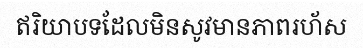
ឥរិយាបទដែលមិនសូវមានភាពរហ័ស